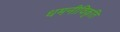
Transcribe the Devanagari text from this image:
धमनीविकृति